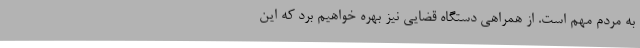
به مردم مهم است. از همراهی دستگاه قضایی نیز بهره خواهیم برد که این